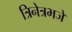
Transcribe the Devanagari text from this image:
त्रिनेत्रभजे